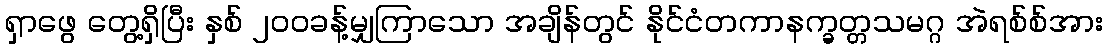
ရှာဖွေ တွေ့ရှိပြီး နှစ် ၂၀၀ခန့်မျှကြာသော အချိန်တွင် နိုင်ငံတကာနက္ခတ္တသမဂ္ဂ အဲရစ်စ်အား